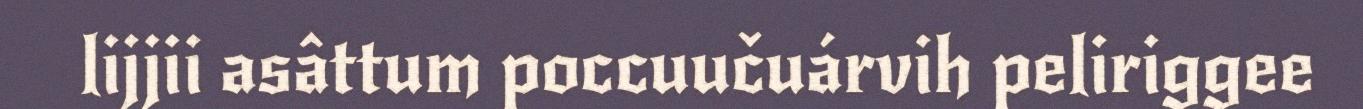
lijjii asâttum poccuučuárvih peliriggee